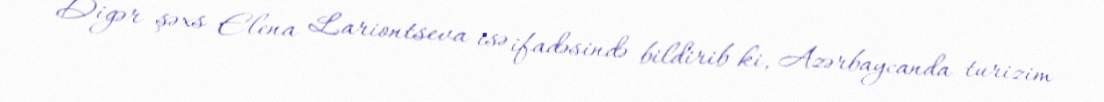
Digər şəxs Elena Lariontseva isə ifadəsində bildirib ki, Azərbaycanda turizim